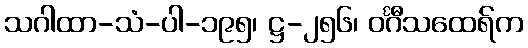
သဂါထာ-သံ-ပါ-၁၉၅၊ ဋ္ဌ-၂၅၆၊ ဝင်္ဂီသထေရ်က